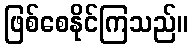
ဖြစ်စေနိုင်ကြသည်။